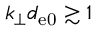
k _ { \perp } d _ { \mathrm { e 0 } } \gtrsim 1